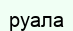
руала